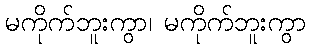
မကိုက်ဘူးကွာ၊ မကိုက်ဘူးကွာ